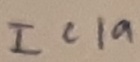
Text: IC1a